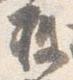
被